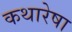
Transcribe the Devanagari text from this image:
कथारेषा